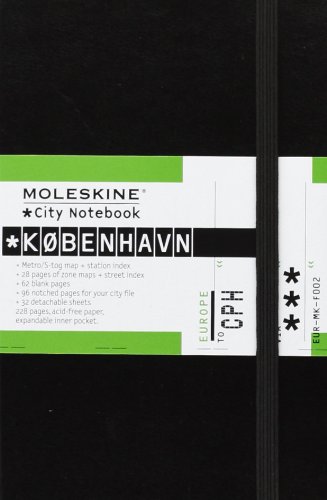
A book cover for Moleskine City Notebook Kobenhavn (Copenhagen) (Moleskine City Notebooks); Moleskine; Travel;